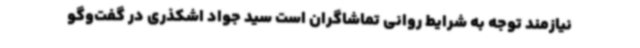
نیازمند توجه به شرایط روانی تماشاگران است سید جواد اشکذری در گفت‌وگو